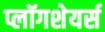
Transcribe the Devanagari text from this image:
प्लॉगशेयर्स